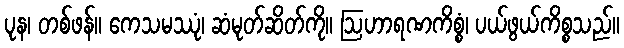
ပုန၊ တစ်ဖန်။ ကေသမဿုံ၊ ဆံမုတ်ဆိတ်ကို။ ဩဟာရဏကိစ္စံ၊ ပယ်ဖွယ်ကိစ္စသည်။